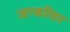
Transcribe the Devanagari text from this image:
जान्करियन